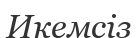
Икемсіз